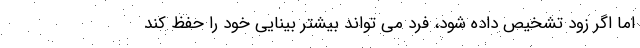
اما اگر زود تشخیص داده شود، فرد می تواند بیشتر بینایی خود را حفظ کند